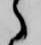
ら